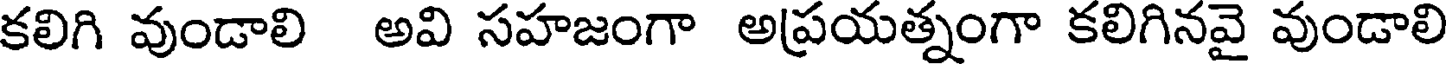
కలిగి వుండాలి అవి సహజంగా అప్రయత్నంగా కలిగినవై వుండాలి